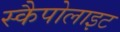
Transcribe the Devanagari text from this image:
स्कैपोलाइट